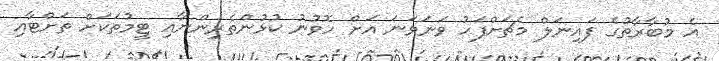
އެ މުބާރާތުގެ ފައިނަލް މެޗަށްފަހު ވަނަވަނަ އަށް ހޮވުނު ކުޅުންތެރިންނާއި ޓީމުތަކަށް ތަށްޓާއި